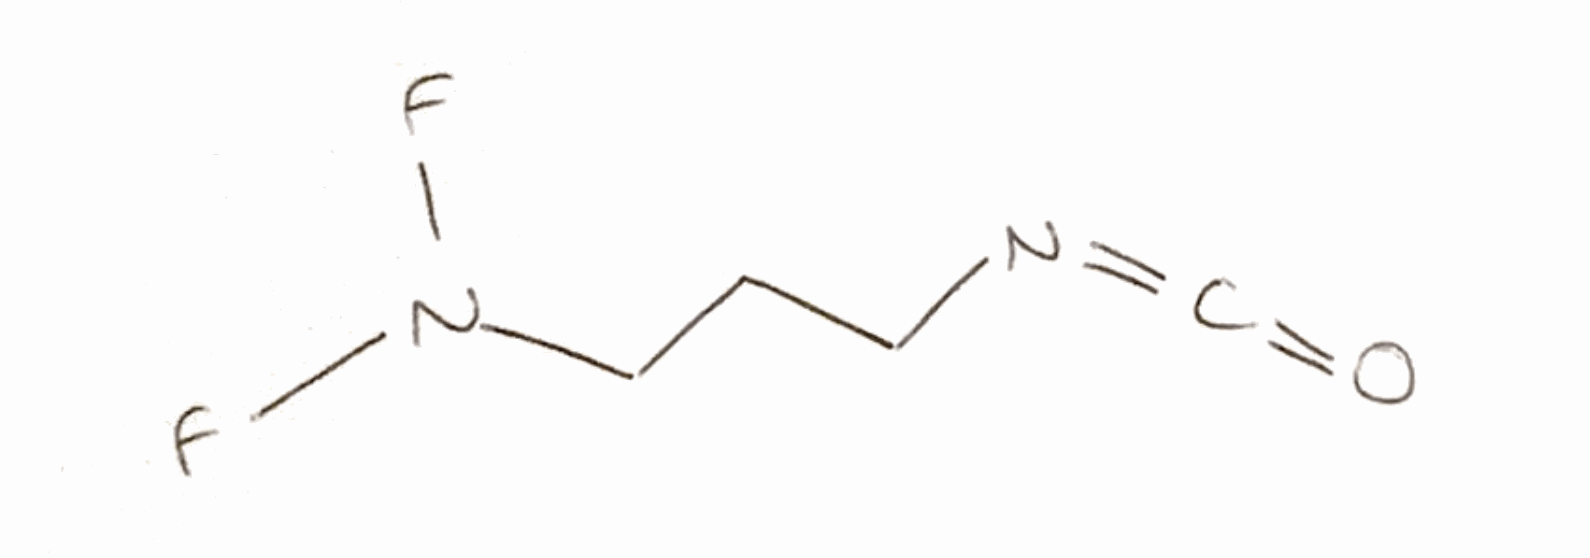
Simplified molecular-input line-entry system (SMILES) notation of the given molecule:
C(CN=C=O)CN(F)F